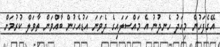
އޭގެފަހުން މިއަދު ހެނދުނު އެ މައްސަލައިގެ ދެވަނަ އަޑުއެހުން ބާއްވަން ތާވަލް ކުރުމަށް